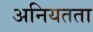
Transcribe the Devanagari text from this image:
अनियतता